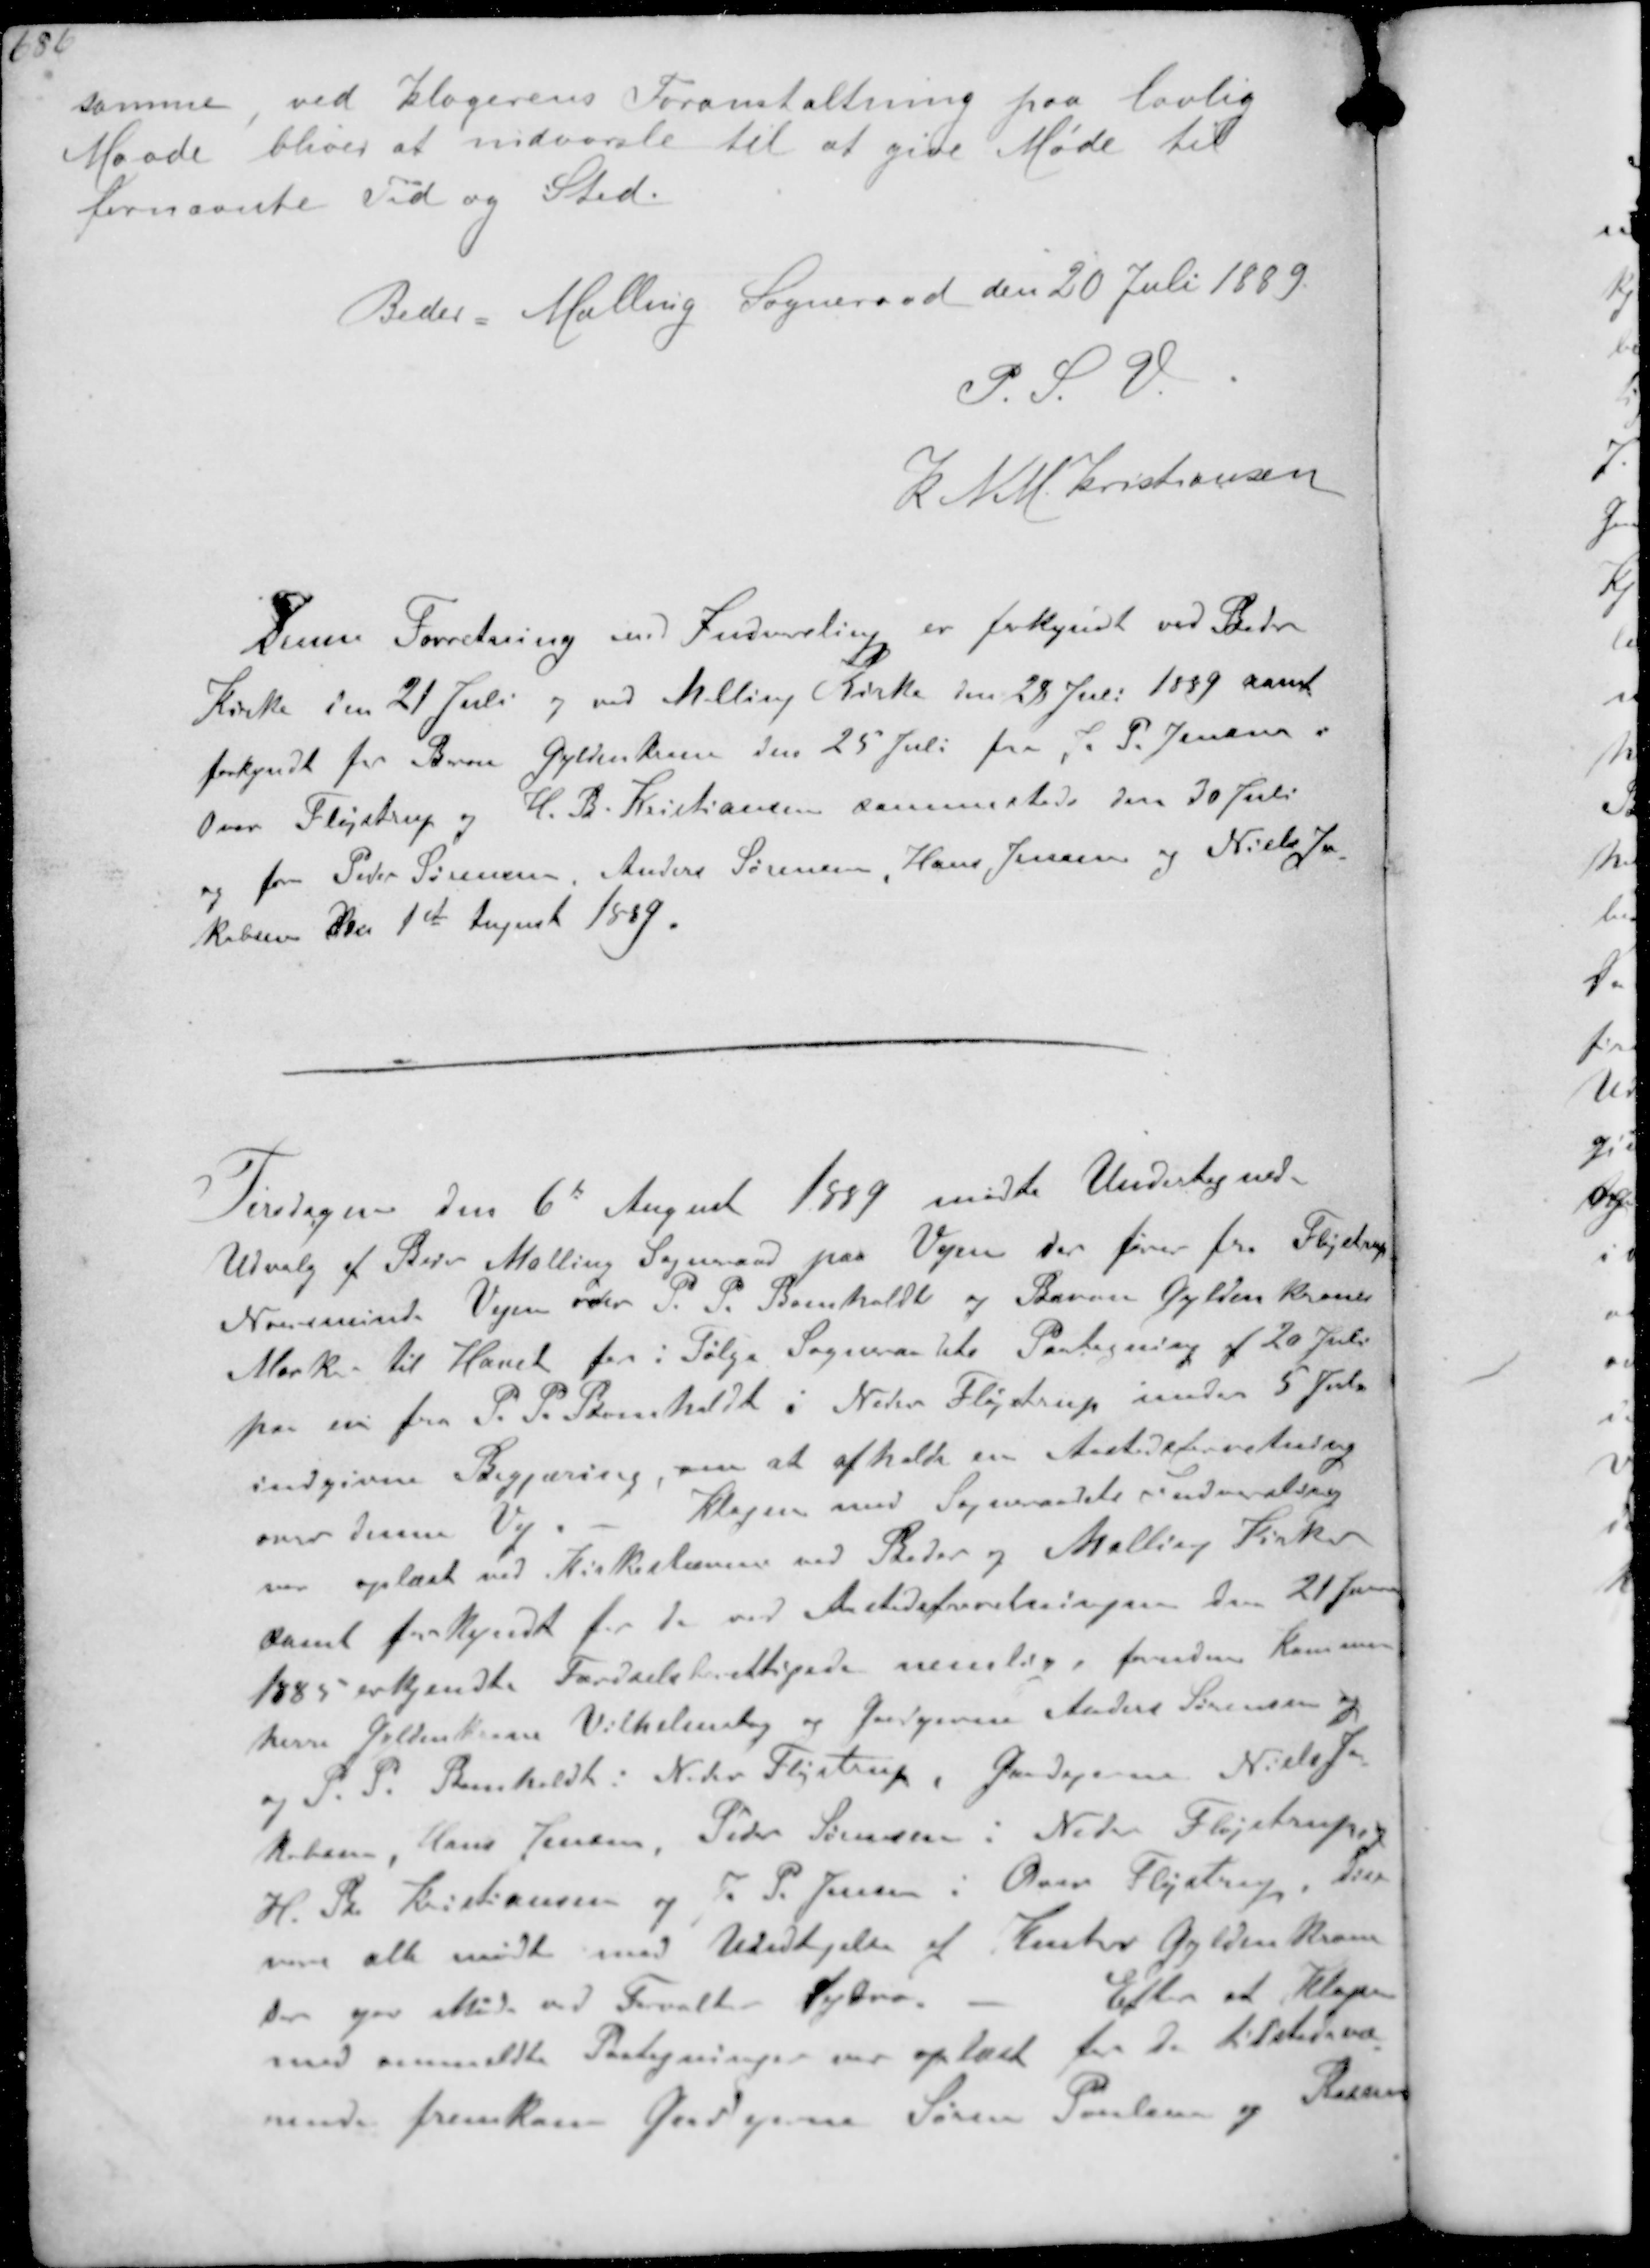
Transskription:
samme, ved klagerens Foranstaltning paa lovlig
Maade bliver at indvarsle til at give Møde til
fornævnte Tid og Sted.
Beder Malling Sogneraad den 20 Juli 1889
P. S. V.
K N M Kristiansen

Denne Forretning med Indvarsling er forkyndt ved Beder
Kirke den 21 Juli og ved Malling Kirke den 28 Juli 1889 samt
forkyndt for Baron Gyldenkrone den 25 Juli for J. P. Jensen i
Over Fløjstrup og H.B. Kristiansen sammesteds den 30 Juli
og for Peder Sørensen Anders Sørensen Hans Jensen og Niels Ja-
kobsen Den 1st August 1889.

Tirsdagen den 6te August 1889 mødte Undertegnede
Udvalg af Beder Malling Sogneraad paa Vejen der fører ffra Fløjstrup
Norsminde Vejen over P. P. Bomholdt og Baron Gyldenkrones
Mark til Havet for i Følge Sogneraadets Paategning af 20 Juli
paa en fra P. P. Bomholdt i Neder Fløjstrup under 5 Juli
indgivne Begjæring om at afholde en Aastedsforretning
om denne Vej. Klagen med Sogneraadets Indvarsling
var oplæst ved Kirkestævne ved Beder og Malling Kirker
samt forkyndt for de ved Aastedsforretningen den 21 Januar
1885 erkendte Færdselsberettigede nemlig foruden Kammer-
herre Gyldenkrone Vilhelmsborg og Gaardejerne Anders Sørensen og
og P. P. Bomholdt: Neder Fløjstrup, Gaardejerne Niels Ja-
kobsen, Hans Jensen, Peder Sørensen i Neder Fløjstrup og
H. P. Kristiansen og J. P. Jensen i Over Fløjstrup, disse
vare alle mødte med Undtagelse af Kmhr Gyldenkrone
der gav Møde ved Forvalter Dybro Efter at Klagen
med anmeldte Paategninger var oplæst for de tilstedevæ-
rende fremkom Gaardejerne Søren Poulsen og Rasmus